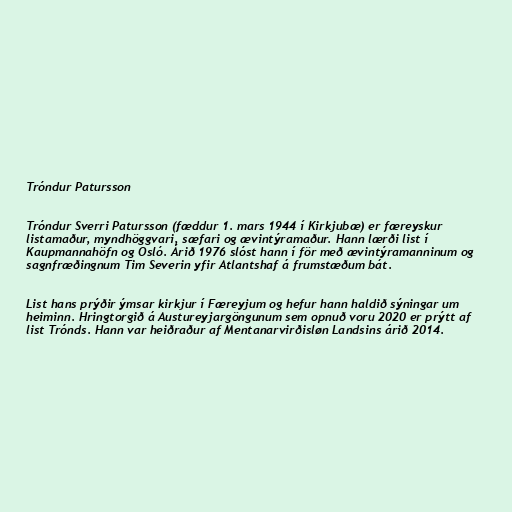
Tróndur Patursson

Tróndur Sverri Patursson (fæddur 1. mars 1944 í Kirkjubæ) er færeyskur
listamaður, myndhöggvari, sæfari og ævintýramaður. Hann lærði list í
Kaupmannahöfn og Osló. Árið 1976 slóst hann í för með ævintýramanninum og
sagnfræðingnum Tim Severin yfir Atlantshaf á frumstæðum bát.

List hans prýðir ýmsar kirkjur í Færeyjum og hefur hann haldið sýningar um
heiminn. Hringtorgið á Austureyjargöngunum sem opnuð voru 2020 er prýtt af
list Trónds. Hann var heiðraður af Mentanarvirðisløn Landsins árið 2014.